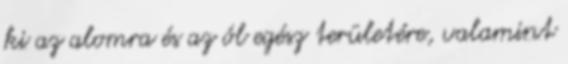
ki az alomra és az ól egész területére, valamint